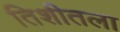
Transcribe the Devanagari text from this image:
तिशीतला